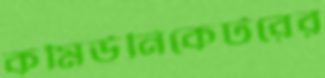
কমিউনিকেটরের